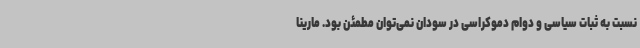
نسبت به ثبات سیاسی و دوام دموکراسی در سودان نمی‌توان مطمئن بود. مارینا